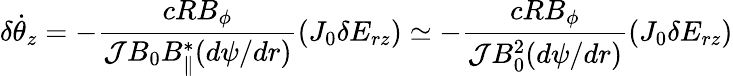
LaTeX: \delta\dot{\theta}_{z}=-\frac{cRB_{\phi}}{{\cal J}B_{0}B_{\parallel}^{*}(d\psi/dr)}(J_{0}\delta E_{rz})\simeq-\frac{cRB_{\phi}}{{\cal J}B_{0}^{2}(d\psi/dr)}(J_{0}\delta E_{rz})